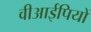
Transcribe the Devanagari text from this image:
वीआईपियों